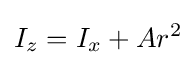
I_{z}=I_{x}+Ar^{2}